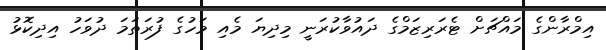
އިމްރާންގެ މައްޗަށް ޓެރަރިޒަމްގެ ދައުވާކުރަނީ މިދިޔަ މެއި މަހުގެ ފުރަތަމަ ދުވަހު އިދިކޮޅު